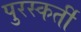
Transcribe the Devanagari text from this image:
पुरस्कर्ती